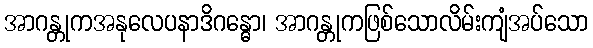
အာဂန္တုကအနုလေပနာဒိဂန္ဓော၊ အာဂန္တုကဖြစ်သောလိမ်းကျံအပ်သော